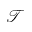
\mathcal { T }